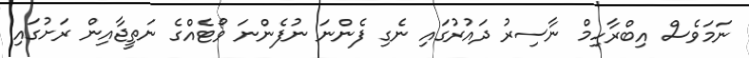
ނަމަވެސް އިބްރާހިމް ނާސިރު ދައުރުގައި ނެގި ފެންނަ ނުފެންނަ ވޯޓެއްގެ ނަތީޖާއިން ރަށުގައި